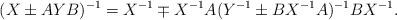
LaTeX: \begin{align*}(X\pm A Y B)^{-1}=X^{-1}\mp X^{-1}A(Y^{-1}\pm B X^{-1}A)^{-1}BX^{-1}.\end{align*}